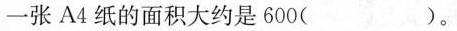
一张A4纸的面积大约是600( )。